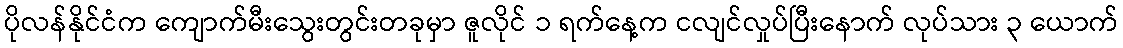
ပိုလန်နိုင်ငံက ကျောက်မီးသွေးတွင်းတခုမှာ ဇူလိုင် ၁ ရက်နေ့က ငလျင်လှုပ်ပြီးနောက် လုပ်သား ၃ ယောက်